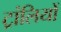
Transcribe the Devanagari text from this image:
ट्रांलियों